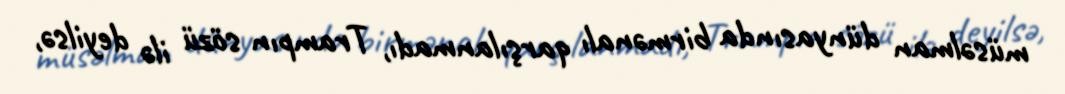
müsəlman dünyasında birmənalı qarşılanmadı, Trampın sözü ilə deyilsə,